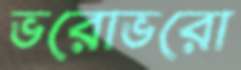
ভরোভরো